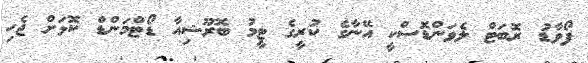
ފޯވާޑު ރޮބަޓް ލެވަންޑޮސްކީ އޭނާގެ ކުރީގެ ޓީމު ބޮރޫޝިއާ ޑޯޓްމަންޑް ކޮޅަށް ޖެހި